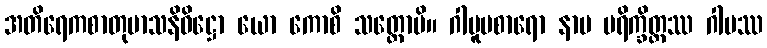
အတိရေကစာတုမာသနိဝိဋ္ဌော ယော ကောစိ သတ္ထောပိ။ ဂါမူပစာရော နာမ ပရိက္ခိတ္တဿ ဂါမဿ